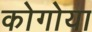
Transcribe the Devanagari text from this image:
कोगोया